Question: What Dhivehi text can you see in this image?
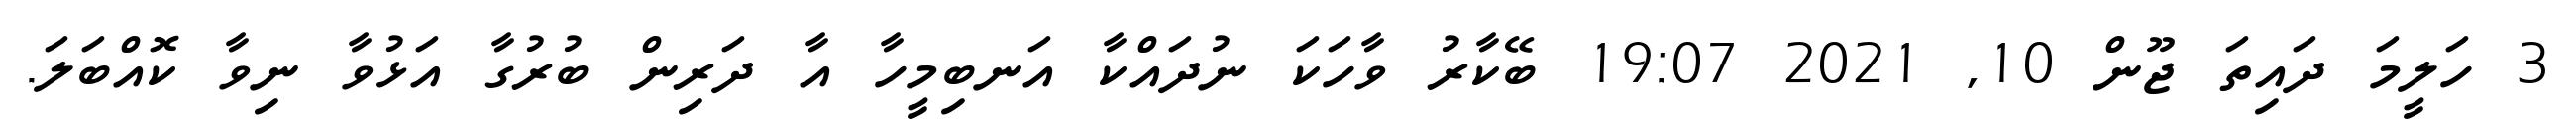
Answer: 3 ހަލީމަ ދައިތަ ޖޫން 10, 2021 19:07 ބޭކާރު ވާހަކަ ނުދައްކާ އަނބިމީހާ އާ ދަރިން ބުރުގާ އަޅުވާ ނިވާ ކޮއްބަލަ.